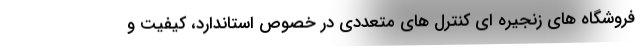
فروشگاه های زنجیره ای کنترل های متعددی در خصوص استاندارد، کیفیت و